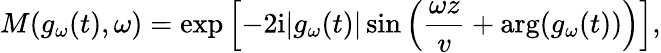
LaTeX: M(g_{\omega}(t),\omega)=\exp\left[-2\mathrm{i}|g_{\omega}(t)|\sin\left(\frac{\omega z}{v}+\mathrm{arg}(g_{\omega}(t))\right)\right],